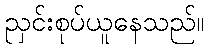
ညှင်းစုပ်ယူနေသည်။